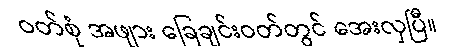
ဝတ်စုံ အဖျား ခြေချင်းဝတ်တွင် အေးလှပြီ။